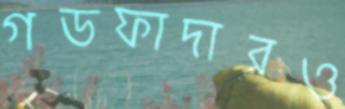
গডফাদারও